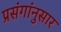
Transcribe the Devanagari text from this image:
प्रसंगांनुसार